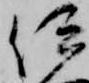
伊